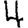
Digit: 4